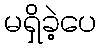
မရှိခဲ့ပေ